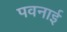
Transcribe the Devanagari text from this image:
पवनाई